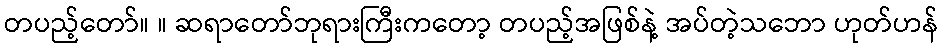
တပည့်တော်။ ။ ဆရာတော်ဘုရားကြီးကတော့ တပည့်အဖြစ်နဲ့ အပ်တဲ့သဘော ဟုတ်ဟန်